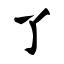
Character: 了